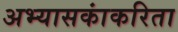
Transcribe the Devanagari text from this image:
अभ्यासकांकरिता